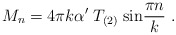
\begin{align*}M_n = 4\pi k\alpha^\prime \; T_{(2)} \; {\rm sin}{\pi n\over k}\ . \end{align*}